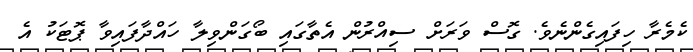
ކެމެރާ ހިފައިގެންނެވެ. ގޮސް ވަރަށް ސިއްރުން އެތާގައި ބޯގަންވިލާ ހައްދާފައިވާ ޕޮޓަކު އެ